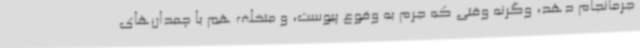
جرمانجام دهد، وگرنه وقتی که جرم به وقوع پیوست، و متخلف هم با چمدان‌های